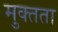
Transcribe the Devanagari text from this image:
मुक्‍तता